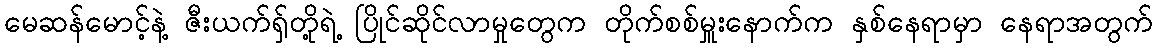
မေဆန်မောင့်နဲ့ ဇီးယက်ရှ်တို့ရဲ့ ပြိုင်ဆိုင်လာမှုတွေက တိုက်စစ်မှူးနောက်က နှစ်နေရာမှာ နေရာအတွက်